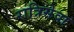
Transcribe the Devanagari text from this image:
रात्रिसेवा